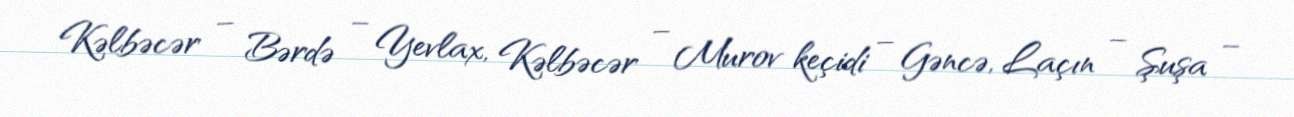
Kəlbəcər – Bərdə – Yevlax, Kəlbəcər – Murov keçidi – Gəncə, Laçın – Şuşa –